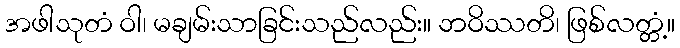
အဖါသုတံ ဝါ၊ မချမ်းသာခြင်းသည်လည်း။ ဘဝိဿတိ၊ ဖြစ်လတ္တံ့။